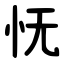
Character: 怃